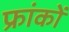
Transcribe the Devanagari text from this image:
फ्रांकों